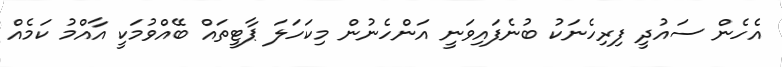
އެހެން ސައުދީ ފިރިހެނަކު ބުނެފައިވަނީ އަންހެނުން މިކަހަލަ ޕާޓީތައް ބޭއްވުމަކީ އާއްމު ކަމެއް